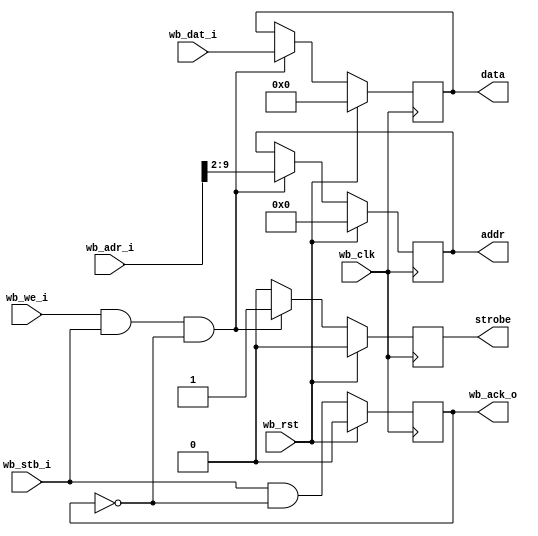
module settings_bus
  #(parameter AWIDTH=16, parameter DWIDTH=32)
    (input wb_clk, 
     input wb_rst, 
     input [AWIDTH-1:0] wb_adr_i,
     input [DWIDTH-1:0] wb_dat_i,
     input wb_stb_i,
     input wb_we_i,
     output reg wb_ack_o,
     output reg strobe,
     output reg [7:0] addr,
     output reg [31:0] data);

   reg 	    stb_int, stb_int_d1;
   
   always @(posedge wb_clk)
     if(wb_rst)
       begin
	  strobe <= 1'b0;
	  addr <= 8'd0;
	  data <= 32'd0;
       end
     else if(wb_we_i & wb_stb_i & ~wb_ack_o)
       begin
	  strobe <= 1'b1;
	  addr <= wb_adr_i[9:2];
	  data <= wb_dat_i;
       end
     else
       strobe <= 1'b0;

   always @(posedge wb_clk)
     if(wb_rst)
       wb_ack_o <= 0;
     else
       wb_ack_o <= wb_stb_i & ~wb_ack_o;

endmodule